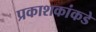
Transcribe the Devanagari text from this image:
प्रकाशकांकडे